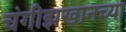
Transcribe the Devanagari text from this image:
चंगीझखानच्या